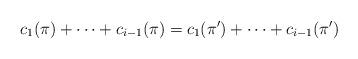
LaTeX: \begin{align*}c_1(\pi)+\dots+c_{i-1}(\pi)=c_1(\pi')+\dots+c_{i-1}(\pi')\end{align*}